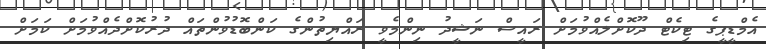
އެމްޑީޕީގެ ޓިކެޓް ދޫކޮށްލެއްވުމަށް ރައީސް ނަޝީދު ނިންމެވީ ރައްޔިތުންގެ ކަންބޮޑުވުންތައް ދުރުކޮށްދެއްވުމަށް ކަމަށް